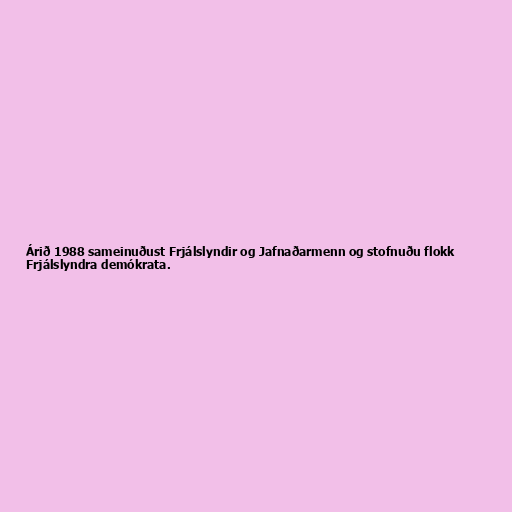
Árið 1988 sameinuðust Frjálslyndir og Jafnaðarmenn og stofnuðu flokk
Frjálslyndra demókrata.